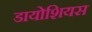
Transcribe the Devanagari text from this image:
डायोशियस